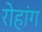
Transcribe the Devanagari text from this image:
रोहांग